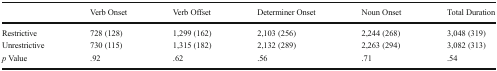
<table><thead><tr><td></td><td><b>Verb Onset</b></td><td><b>Verb Offset</b></td><td><b>Determiner Onset</b></td><td><b>Noun Onset</b></td><td><b>Total Duration</b></td></tr></thead><tbody><tr><td>Restrictive</td><td>728 (128)</td><td>1,299 (162)</td><td>2,103 (256)</td><td>2,244 (268)</td><td>3,048 (319)</td></tr><tr><td>Unrestrictive</td><td>730 (115)</td><td>1,315 (182)</td><td>2,132 (289)</td><td>2,263 (294)</td><td>3,082 (313)</td></tr><tr><td><i>p</i> Value</td><td>.92</td><td>.62</td><td>.56</td><td>.71</td><td>.54</td></tr></tbody></table>